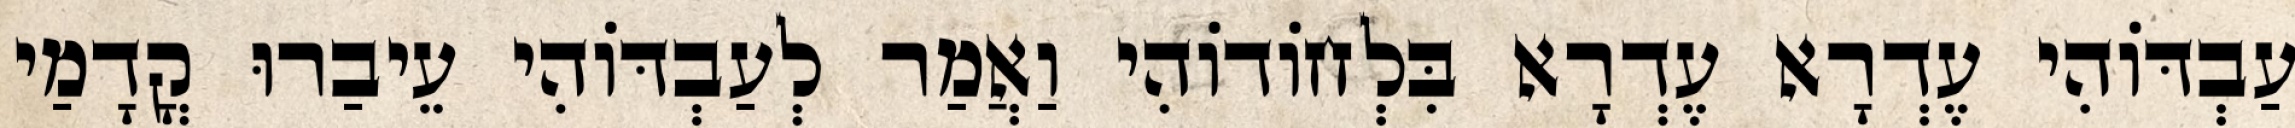
עַבְדּוֹהִי עֶדְרָא עֶדְרָא בִּלְחוֹדוֹהִי וַאֲמַר לְעַבְדּוֹהִי עֵיבַרוּ קֳדָמַי